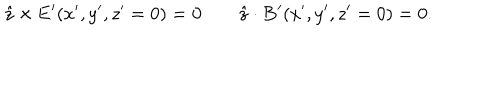
{ \hat { z } } \times { \bf E } ^ { \prime } ( x ^ { \prime } , y ^ { \prime } , z ^ { \prime } = 0 ) = { \bf 0 } \; { \hat { z } } \cdot { \bf B } ^ { \prime } ( x ^ { \prime } , y ^ { \prime } , z ^ { \prime } = 0 ) = 0 .